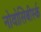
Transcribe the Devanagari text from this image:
नोवोसिबीर्स्क